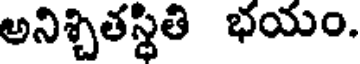
అనిశ్చితస్థితి భయం.